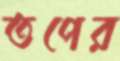
তপের